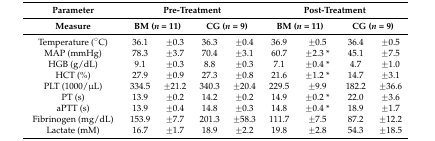
| Parameter | <COLSPAN=4> Pre-Treatment | <COLSPAN=4> Post-Treatment |
 | Measure | <COLSPAN=2> BM (n = 11) | <COLSPAN=2> CG (n = 9) | <COLSPAN=2> BM (n = 11) | <COLSPAN=2> CG (n = 9) |
 | --- | --- | --- | --- | --- | --- | --- | --- | --- |
 | Temperature (°C) | 36.1 | ±0.3 | 36.3 | ±0.4 | 36.9 | ±0.5 | 36.4 | ±0.5 |
 | MAP (mmHg) | 78.3 | ±3.7 | 70.4 | ±3.1 | 60.7 | ±2.3 * | 45.1 | ±7.5 |
 | HGB (g/dL) | 9.1 | ±0.3 | 8.8 | ±0.3 | 7.1 | ±0.4 * | 4.7 | ±1.0 |
 | HCT (%) | 27.9 | ±0.9 | 27.3 | ±0.8 | 21.6 | ±1.2 * | 14.7 | ±3.1 |
 | PLT (1000/μL) | 334.5 | ±21.2 | 340.3 | ±20.4 | 229.5 | ±9.9 | 182.2 | ±36.6 |
 | PT (s) | 13.9 | ±0.2 | 14.2 | ±0.2 | 14.9 | ±0.2 * | 22.0 | ±3.6 |
 | aPTT (s) | 13.9 | ±0.4 | 14.8 | ±0.3 | 14.8 | ±0.4 * | 18.9 | ±1.7 |
 | Fibrinogen (mg/dL) | 153.9 | ±7.7 | 201.3 | ±58.3 | 111.7 | ±7.5 | 87.2 | ±12.2 |
 | Lactate (mM) | 16.7 | ±1.7 | 18.9 | ±2.2 | 19.8 | ±2.8 | 54.3 | ±18.5 |